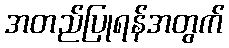
အတည်ပြုရန်အတွက်